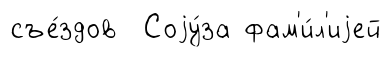
съе́здов Соjу́за фам'и́л'иjей